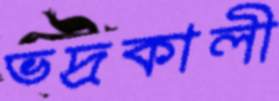
ভদ্রকালী